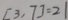
[ 3 , 7 ] = 2 1